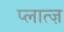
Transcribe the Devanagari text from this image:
प्लात्ज़